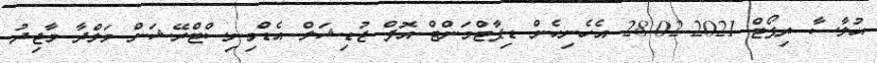
ޙުލާސާ ރިޕޯޓް 2021-02-28 އެހެނިހެން ޑިޕާޓްމަންޓް އޮފް ޖުޑިޝަލް އެޑްމިނިސްޓްރޭޝަން މަލްދާ މާޖިދު